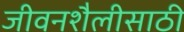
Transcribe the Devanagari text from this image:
जीवनशैलीसाठी